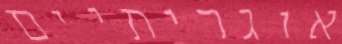
אוגריתיים